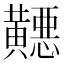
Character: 𬹓